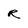
Character: R